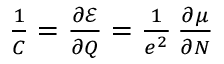
\begin{array} { r } { \frac { 1 } { C } = \frac { \partial \mathcal { E } } { \partial Q } = \frac { 1 } { e ^ { 2 } } \, \frac { \partial \mu } { \partial N } } \end{array}